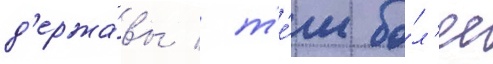
д'ержа́вы / т'е́м бо́л'ее